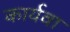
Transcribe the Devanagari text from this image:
कार्यवा